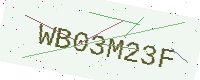
Text: WB03M23F